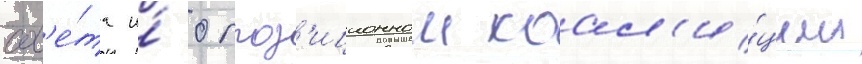
сов'е́та и́ оппоз'иционнои коал'и́ции